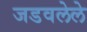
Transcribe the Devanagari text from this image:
जडवलेले